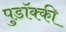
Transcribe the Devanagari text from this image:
पुडॉक्की